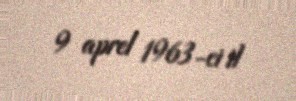
9 aprel 1963-ci il